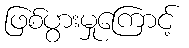
ဖြစ်ပွားမှုကြောင့်